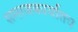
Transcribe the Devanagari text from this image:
समाजकार्यातच